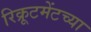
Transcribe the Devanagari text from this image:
रिक्रूटमेंटच्या